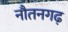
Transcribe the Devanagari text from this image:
नौतनगढ़